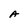
Character: A